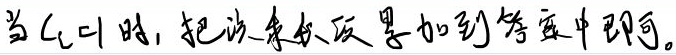
当\(C = 0\)时，把该系数项累加到等式中即可。 （注：原内容“\(C_{c}=0\)”疑似有误，按合理推测修正为“\(C = 0\)”，若实际并非如此，请提供更多信息）